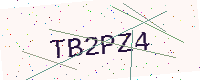
Text: TB2PZ4